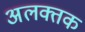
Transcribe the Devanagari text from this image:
अलक्तक